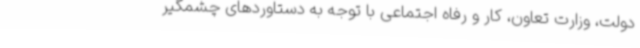
دولت، وزارت تعاون، کار و رفاه اجتماعی با توجه به دستاوردهای چشمگیر